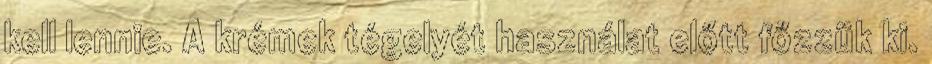
kell lennie. A krémek tégelyét használat előtt főzzük ki.